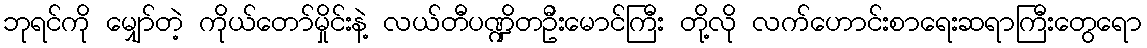
ဘုရင်ကို မျှော်တဲ့ ကိုယ်တော်မှိုင်းနဲ့ လယ်တီပဏ္ဍိတဦးမောင်ကြီး တို့လို လက်ဟောင်းစာရေးဆရာကြီးတွေရော